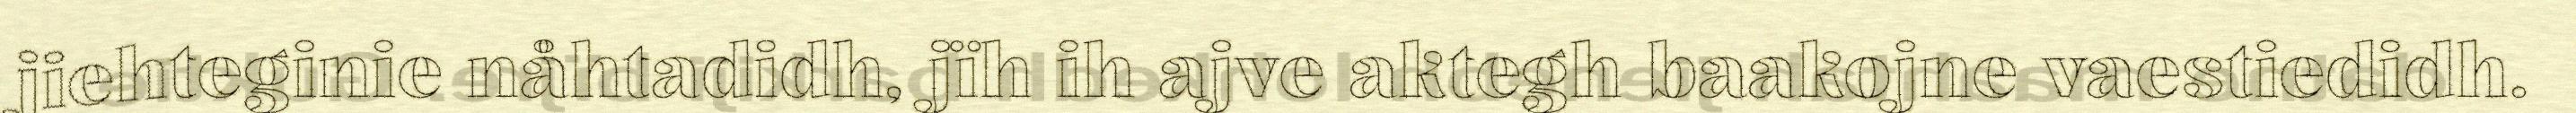
jiehteginie nåhtadidh, jïh ih ajve aktegh baakojne vaestiedidh.